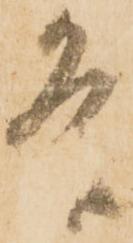
条